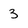
Character: 3